Report of the Bombay Veterinary College
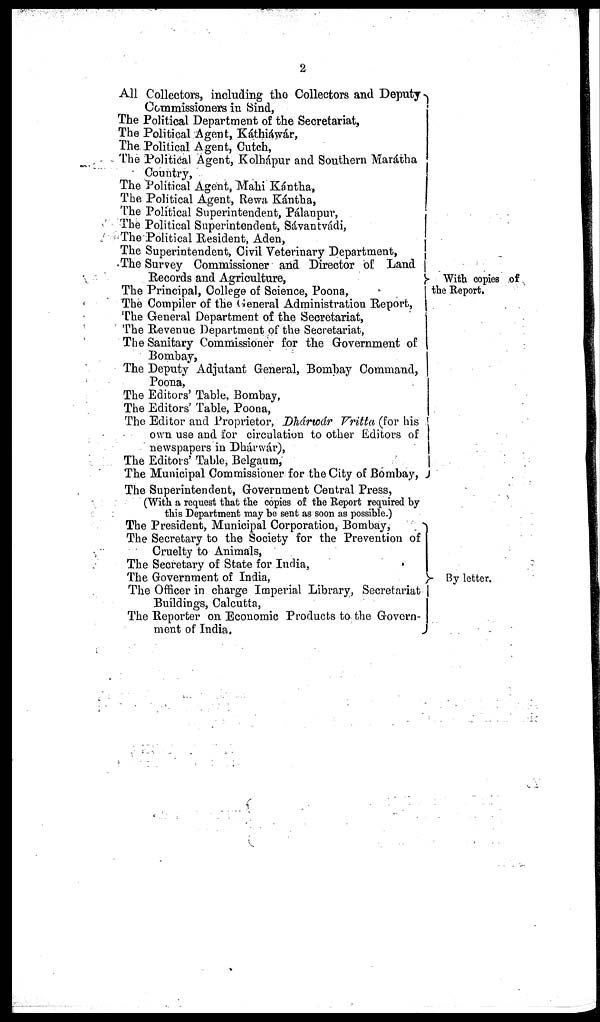
2
All Collectors, including the Collectors and Deputy
Commissioners in Sind,
The Political Department of the Secretariat,
The Political Agent, Káthiáwár,
The Political Agent, Cutch,
The Political Agent, Kolhápur and Southern Marátha
Country,
The Political Agent, Mahi Kántha,
The Political Agent, Rewa Kántha,
The Political Superintendent, Pálanpur,
The Political Superintendent, Sávantvádi,
The Political Resident, Aden,
The Superintendent, Civil Veterinary Department,
The Survey Commissioner and Director of Land
Records and Agriculture,
The Principal, College of Science, Poona,}
The Compiler of the General Administration Report,
The General Department of the Secretariat,
The Revenue Department of the Secretariat,
The Sanitary Commissioner for the Government of
Bombay,
The Deputy Adjutant General, Bombay Command,
Poona,
The Editors' Table, Bombay,
The Editors' Table, Poona,
The Editor and Proprietor, Dhárwár Vritta (for his
own use and for circulation to other Editors of
newspapers in Dhárwár),
The Editors' Table, Belgaum,
The Municipal Commissioner for the City of Bombay,
With copies of
the Report.
The Superintendent, Government Central Press,
(With a request that the copies of the Report required by
this Department may be sent as soon as possible.)
The President, Municipal Corporation, Bombay,
The Secretary to the Society for the Prevention of
Cruelty to Animals,
The Secretary of State for India,
The Government of India,}
The Officer in charge Imperial Library, Secretariat
Buildings, Calcutta,
The Reporter on Economic Products to the Govern-
ment of India.
By letter.